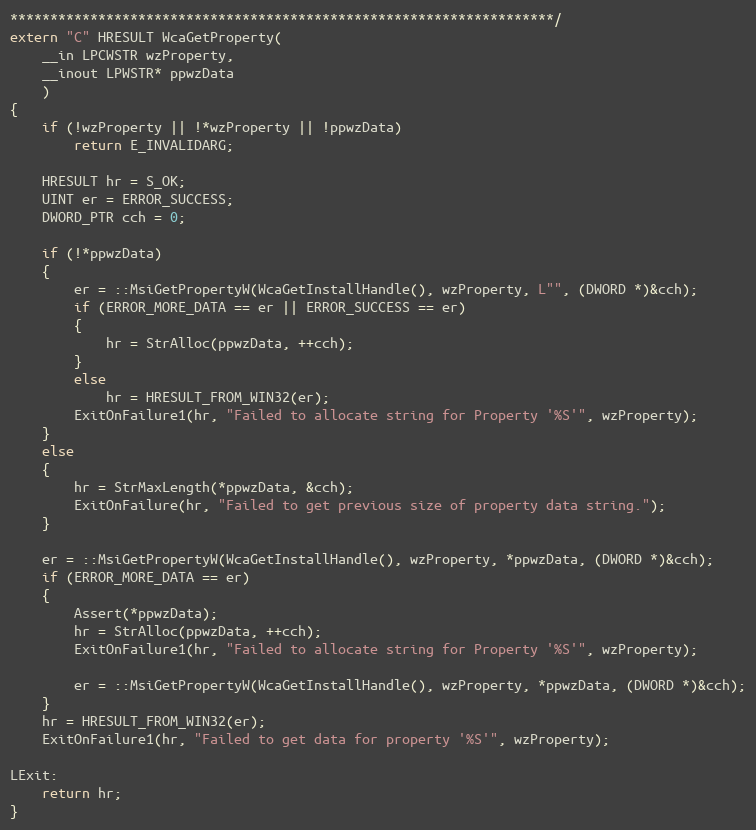
Language: C++
********************************************************************/
extern "C" HRESULT WcaGetProperty(
	__in LPCWSTR wzProperty,
	__inout LPWSTR* ppwzData
	)
{
	if (!wzProperty || !*wzProperty || !ppwzData)
		return E_INVALIDARG;

	HRESULT hr = S_OK;
	UINT er = ERROR_SUCCESS;
	DWORD_PTR cch = 0;

	if (!*ppwzData)
	{
		er = ::MsiGetPropertyW(WcaGetInstallHandle(), wzProperty, L"", (DWORD *)&cch);
		if (ERROR_MORE_DATA == er || ERROR_SUCCESS == er)
		{
			hr = StrAlloc(ppwzData, ++cch);
		}
		else
			hr = HRESULT_FROM_WIN32(er);
		ExitOnFailure1(hr, "Failed to allocate string for Property '%S'", wzProperty);
	}
	else
	{
		hr = StrMaxLength(*ppwzData, &cch);
		ExitOnFailure(hr, "Failed to get previous size of property data string.");
	}

	er = ::MsiGetPropertyW(WcaGetInstallHandle(), wzProperty, *ppwzData, (DWORD *)&cch);
	if (ERROR_MORE_DATA == er)
	{
		Assert(*ppwzData);
		hr = StrAlloc(ppwzData, ++cch);
		ExitOnFailure1(hr, "Failed to allocate string for Property '%S'", wzProperty);

		er = ::MsiGetPropertyW(WcaGetInstallHandle(), wzProperty, *ppwzData, (DWORD *)&cch);
	}
	hr = HRESULT_FROM_WIN32(er);
	ExitOnFailure1(hr, "Failed to get data for property '%S'", wzProperty);

LExit:
	return hr;
}